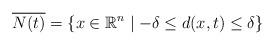
LaTeX: \begin{align*} \overline{N(t)} = \{x\in\mathbb{R}^n \mid -\delta\leq d(x,t)\leq\delta\}\end{align*}